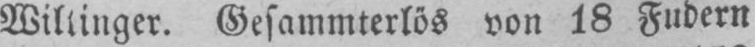
Gesammterlös von 18 Fudern